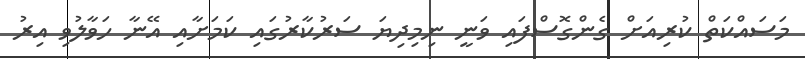
މަސައްކަތް ކުރިއަށް ގެންގޮސްފައި ވަނީ ނިމިދިޔަ ސަރުކާރުގައި ކަމަށާއި އޭނާ ހަވާލުވި އިރު